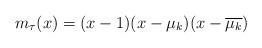
LaTeX: \begin{align*}m_\tau(x)=(x-1)(x-\mu_k)(x-\overline{\mu_k})\end{align*}